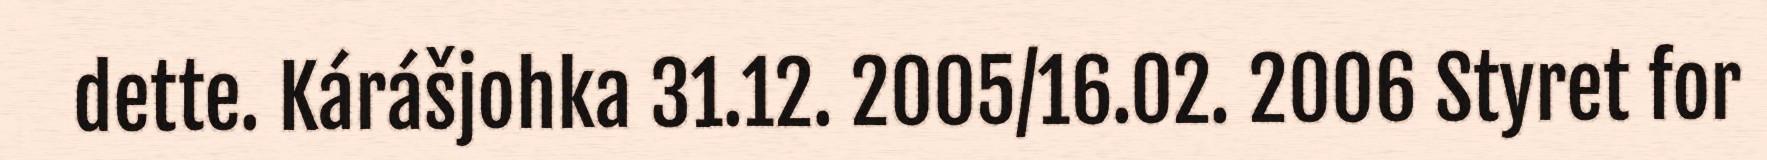
dette. Kárášjohka 31.12. 2005/16.02. 2006 Styret for